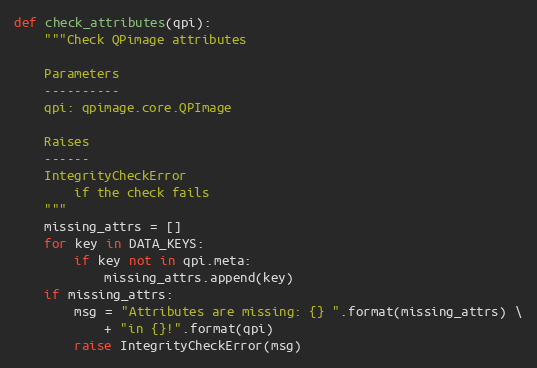
Language: Python
def check_attributes(qpi):
    """Check QPimage attributes

    Parameters
    ----------
    qpi: qpimage.core.QPImage

    Raises
    ------
    IntegrityCheckError
        if the check fails
    """
    missing_attrs = []
    for key in DATA_KEYS:
        if key not in qpi.meta:
            missing_attrs.append(key)
    if missing_attrs:
        msg = "Attributes are missing: {} ".format(missing_attrs) \
            + "in {}!".format(qpi)
        raise IntegrityCheckError(msg)